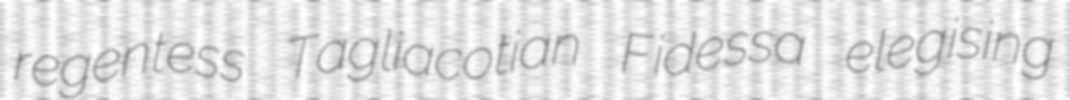
regentess Tagliacotian Fidessa elegising